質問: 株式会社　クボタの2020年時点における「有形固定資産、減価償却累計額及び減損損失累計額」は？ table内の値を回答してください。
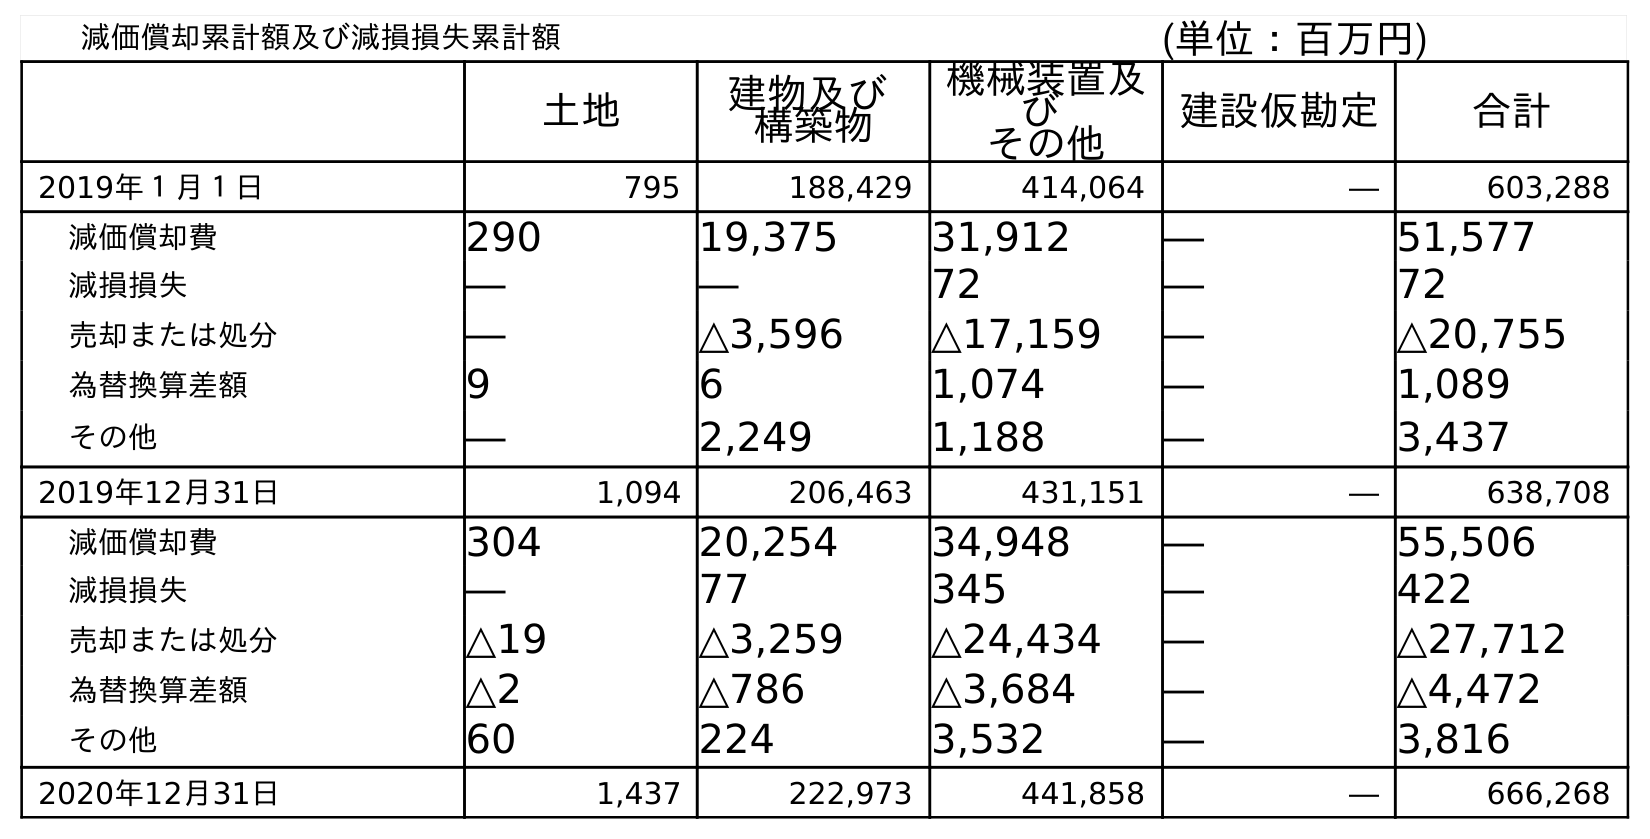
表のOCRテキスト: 減価償却累計額及び減損損失累計額 (単位：百万円) 土地 建物及び 構築物 機械装置及 び その他 建設仮勘定 合計 2019年１月１日 795 188,429 414,064 ― 603,288 減価償却費 290 19,375 31,912 ― 51,577 減損損失 ― ― 72 ― 72 売却または処分 ― △3,596 △17,159 ― △20,755 為替換算差額 9 6 1,074 ― 1,089 その他 ― 2,249 1,188 ― 3,437 2019年12月31日 1,094 206,463 431,151 ― 638,708 減価償却費 304 20,254 34,948 ― 55,506 減損損失 ― 77 345 ― 422 売却または処分 △19 △3,259 △24,434 ― △27,712 為替換算差額 △2 △786 △3,684 ― △4,472 その他 60 224 3,532 ― 3,816 2020年12月31日 1,437 222,973 441,858 ― 666,268
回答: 666,268